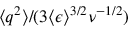
\langle \boldsymbol { q } ^ { 2 } \rangle / ( 3 \langle \epsilon \rangle ^ { 3 / 2 } \nu ^ { - 1 / 2 } )